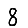
Digit: 8